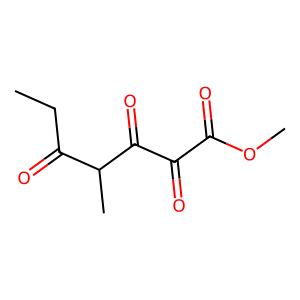
SMILES: CCC(=O)C(C)C(=O)C(=O)C(=O)OC
Inhibits HIV replication: No